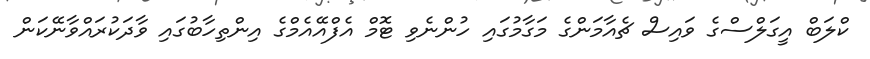
ކްލަބް އީގަލްސްގެ ވައިސް ޗެއާމަންގެ މަގާމުގައި ހުންނެވި ޓޮމް އެފްއޭއެމްގެ އިންތިހާބުގައި ވާދަކުރައްވާނޭކަން